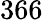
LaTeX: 366